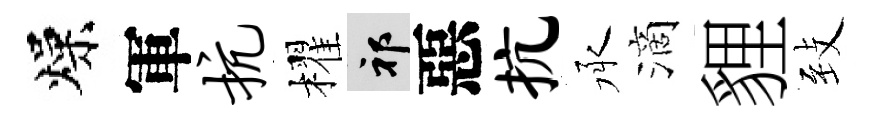
燥軍抗櫂祁惡抗承滴貍𦤺